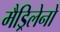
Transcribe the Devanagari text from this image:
मैड्रिलेनो